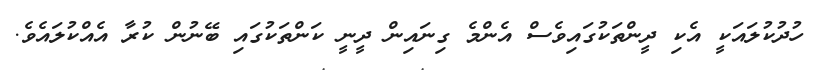
ހުދުކުލައަކީ އެކި ދީންތަކުގައިވެސް އެންމެ ގިނައިން ދީނީ ކަންތަކުގައި ބޭނުން ކުރާ އެއްކުލައެވެ.